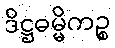
ဒိဋ္ဌဓမ္မိကဉ္စ